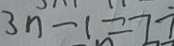
3 n - 1 = 7 7